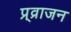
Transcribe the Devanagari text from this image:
प्र्व्राजन